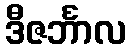
ဒီဇင်္ဘာလ